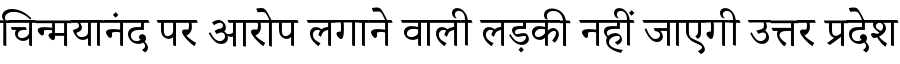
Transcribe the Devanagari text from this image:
चिन्मयानंद पर आरोप लगाने वाली लड़की नहीं जाएगी उत्तर प्रदेश